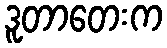
ဒူတာတေးက